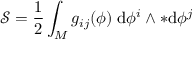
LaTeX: { \mathcal { S } } = { \frac { 1 } { 2 } } \int _ { M } g _ { i j } ( \phi ) \; \mathrm { d } \phi ^ { i } \wedge { * \mathrm { d } \phi ^ { j } }